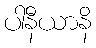
ပါနီယာနိ